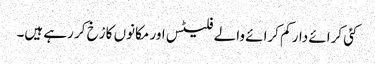
کئی کرائے دار کم کرائے والے فلیٹس اور مکانوں کا رْخ کر رہے ہیں۔